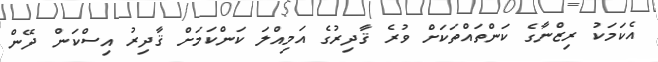
އެކަމަކު ރިޒްނާގެ ކަންތައްތަކަށް ވުރެ ޤާދިރުގެ އަމިއްލަ ކަންކަމަށް ޤާދިރު އިސްކަން ދޭން